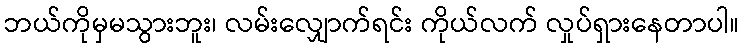
ဘယ်ကိုမှမသွားဘူး၊ လမ်းလျှောက်ရင်း ကိုယ်လက် လှုပ်ရှားနေတာပါ။